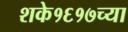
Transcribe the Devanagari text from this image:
शके१६१७च्या